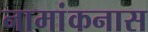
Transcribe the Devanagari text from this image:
नामांकनास